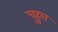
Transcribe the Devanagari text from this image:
चुहुल